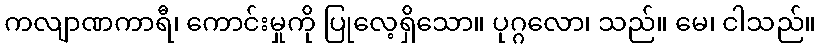
ကလျာဏကာရီ၊ ကောင်းမှုကို ပြုလေ့ရှိသော။ ပုဂ္ဂလော၊ သည်။ မေ၊ ငါသည်။